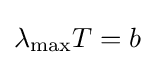
\lambda _{\text{max}}T=b